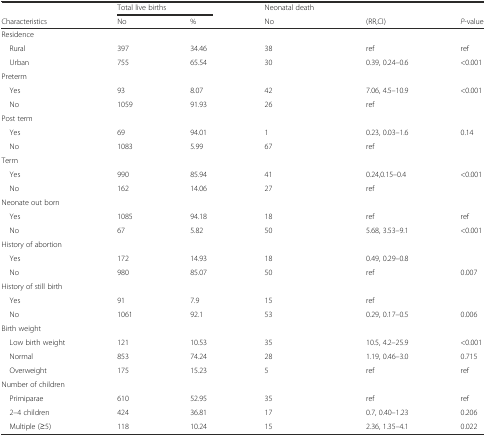
<table><thead><tr><td></td><td colspan="2"><b>Total live births</b></td><td><b>Neonatal death</b></td><td></td><td></td></tr><tr><td><b>Characteristics</b></td><td><b>No</b></td><td><b>%</b></td><td><b>No</b></td><td><b>(RR,CI)</b></td><td><b><i>P</i>-value</b></td></tr></thead><tbody><tr><td colspan="6">Residence</td></tr><tr><td> Rural</td><td>397</td><td>34.46</td><td>38</td><td>ref</td><td>ref</td></tr><tr><td> Urban</td><td>755</td><td>65.54</td><td>30</td><td>0.39, 0.24–0.6</td><td>&lt;0.001</td></tr><tr><td colspan="6">Preterm</td></tr><tr><td> Yes</td><td>93</td><td>8.07</td><td>42</td><td>7.06, 4.5–10.9</td><td>&lt;0.001</td></tr><tr><td> No</td><td>1059</td><td>91.93</td><td>26</td><td>ref</td><td></td></tr><tr><td colspan="6">Post term</td></tr><tr><td> Yes</td><td>69</td><td>94.01</td><td>1</td><td>0.23, 0.03–1.6</td><td>0.14</td></tr><tr><td> No</td><td>1083</td><td>5.99</td><td>67</td><td>ref</td><td></td></tr><tr><td colspan="6">Term</td></tr><tr><td> Yes</td><td>990</td><td>85.94</td><td>41</td><td>0.24,0.15–0.4</td><td>&lt;0.001</td></tr><tr><td> No</td><td>162</td><td>14.06</td><td>27</td><td>ref</td><td></td></tr><tr><td colspan="6">Neonate out born</td></tr><tr><td> Yes</td><td>1085</td><td>94.18</td><td>18</td><td>ref</td><td>ref</td></tr><tr><td> No</td><td>67</td><td>5.82</td><td>50</td><td>5.68, 3.53–9.1</td><td>&lt;0.001</td></tr><tr><td colspan="6">History of abortion</td></tr><tr><td> Yes</td><td>172</td><td>14.93</td><td>18</td><td>0.49, 0.29–0.8</td><td></td></tr><tr><td> No</td><td>980</td><td>85.07</td><td>50</td><td>ref</td><td>0.007</td></tr><tr><td colspan="6">History of still birth</td></tr><tr><td> Yes</td><td>91</td><td>7.9</td><td>15</td><td>ref</td><td></td></tr><tr><td> No</td><td>1061</td><td>92.1</td><td>53</td><td>0.29, 0.17–0.5</td><td>0.006</td></tr><tr><td colspan="6">Birth weight</td></tr><tr><td> Low birth weight</td><td>121</td><td>10.53</td><td>35</td><td>10.5, 4.2–25.9</td><td>&lt;0.001</td></tr><tr><td> Normal</td><td>853</td><td>74.24</td><td>28</td><td>1.19, 0.46–3.0</td><td>0.715</td></tr><tr><td> Overweight</td><td>175</td><td>15.23</td><td>5</td><td>ref</td><td>ref</td></tr><tr><td colspan="6">Number of children</td></tr><tr><td> Primiparae</td><td>610</td><td>52.95</td><td>35</td><td>ref</td><td>ref</td></tr><tr><td> 2–4 children</td><td>424</td><td>36.81</td><td>17</td><td>0.7, 0.40–1.23</td><td>0.206</td></tr><tr><td> Multiple (≥5)</td><td>118</td><td>10.24</td><td>15</td><td>2.36, 1.35–4.1</td><td>0.022</td></tr></tbody></table>